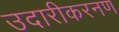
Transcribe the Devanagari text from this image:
उदारीकरनण